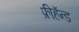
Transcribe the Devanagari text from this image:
फ्रीहॅन्ड